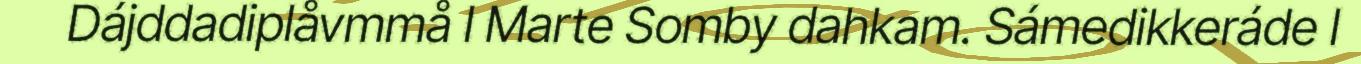
Dájddadiplåvmmå l Marte Somby dahkam. Sámedikkeráde l